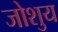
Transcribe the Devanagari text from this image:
जोशुय